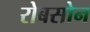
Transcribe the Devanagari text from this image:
रोबसोन